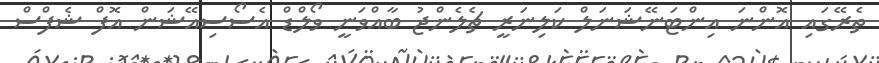
ތެރޭގައި އޮންނަ އިންޓަނޭޝަނަލް ކަލިނަރީ ޗެލެންޖު ބާއްވަނީ ވޯލްޑް އެސޯސިއޭޝަން އޮފް ޝެފްސް